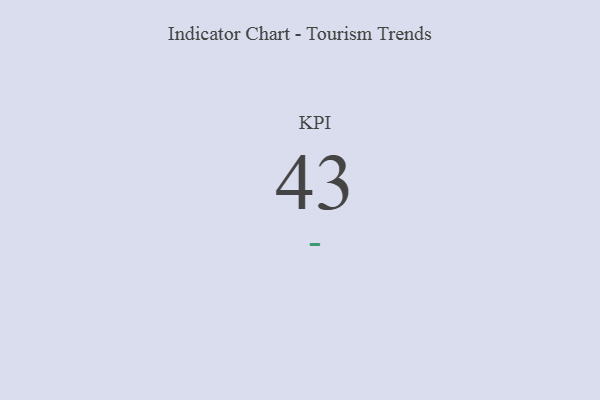
{"axis": {"x": "KPI", "y": "Value"}, "legend": [""], "data": [{"x": "KPI", "y": 43, "type": ""}]}